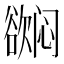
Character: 𬅳